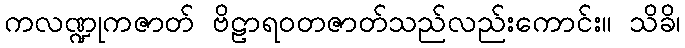
ကလဏ္ဍုကဇာတ် ဗိဠာရဝတဇာတ်သည်လည်းကောင်း။ သိခိ၊